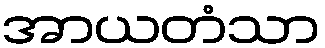
အာယတံသာ